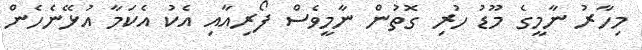
މިހާރު ނާމީގެ މޫޑު ހުރި ގޮތުން ނާމީވެސް ފޯރިއާއި އެކު އެކަމާ އުޅޭނެހެން